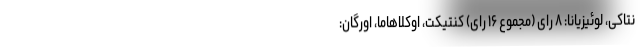
نتاکی، لوئیزیانا: ۸ رای (مجموع ۱۶ رای) کنتیکت، اوکلاهاما، اورگان: